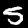
Label: 5